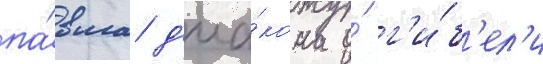
па́вла д'иа́кона о́ г'и́б'ел'и